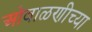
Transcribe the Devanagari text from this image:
ओवाळणीच्या